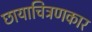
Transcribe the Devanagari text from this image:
छायाचित्रणकार